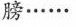
膀……